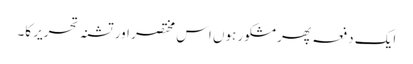
ایک دفعہ پھر مشکور ہوں اس مختصر اور تشنہ تحریر کا۔